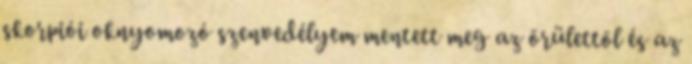
skorpiói oknyomozó szenvedélyem mentett meg az õrülettõl és az